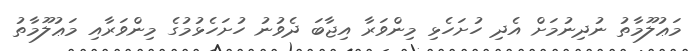
މަޢުލޫމާތު ނުދިނުމަށް އެދި ހުށަހެޅި މިންވަރާ އިޖާބަ ދެވުނު ހުށަހެޅުމުގެ މިންވަރާއި މަޢުލޫމާތު